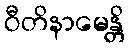
ဝီတိနာမေန္တိ